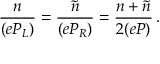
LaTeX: \frac { n } { ( e { \cal P } _ { L } ) } = \frac { \tilde { n } } { ( e { \cal P } _ { R } ) } = \frac { n + \tilde { n } } { 2 ( e { \cal P } ) } \, .